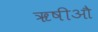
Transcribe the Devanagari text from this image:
ॠषीऔ